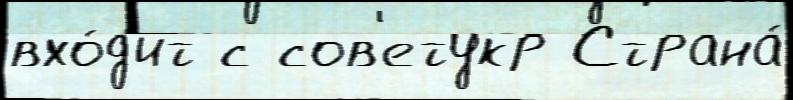
вхо́д'ит с сов'етукр Страна́